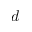
d